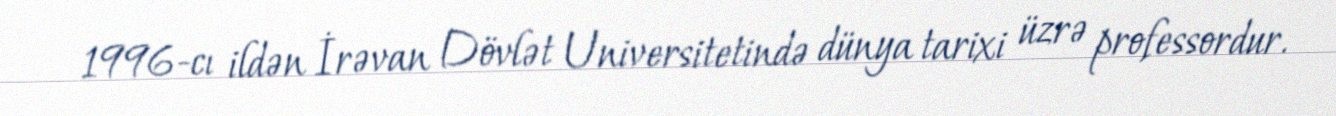
1996-cı ildən İrəvan Dövlət Universitetində dünya tarixi üzrə professordur.